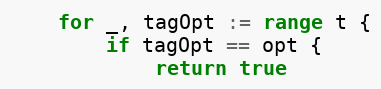
Language: Go
	for _, tagOpt := range t {
		if tagOpt == opt {
			return true